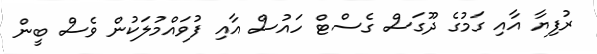
ރުފިޔާ އާއި ގަމުގެ ދޫގަސް ގެސްޓް ހައުސް އާއި ފުވައްމުލަކުން ވެސް ބީން